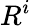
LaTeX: R^{i}